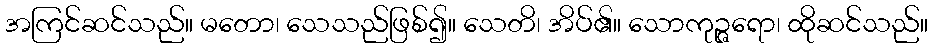
အကြင်ဆင်သည်။ မတော၊ သေသည်ဖြစ်၍။ သေတိ၊ အိပ်၏။ သောကုဉ္ဇရော၊ ထိုဆင်သည်။